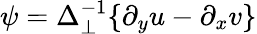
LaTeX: \psi=\Delta_{\perp}^{-1}\{ \partial_{y}u-\partial_{x}v\}